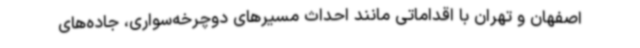
اصفهان و تهران با اقداماتی مانند احداث مسیرهای دوچرخه‌سواری، جاده‌های